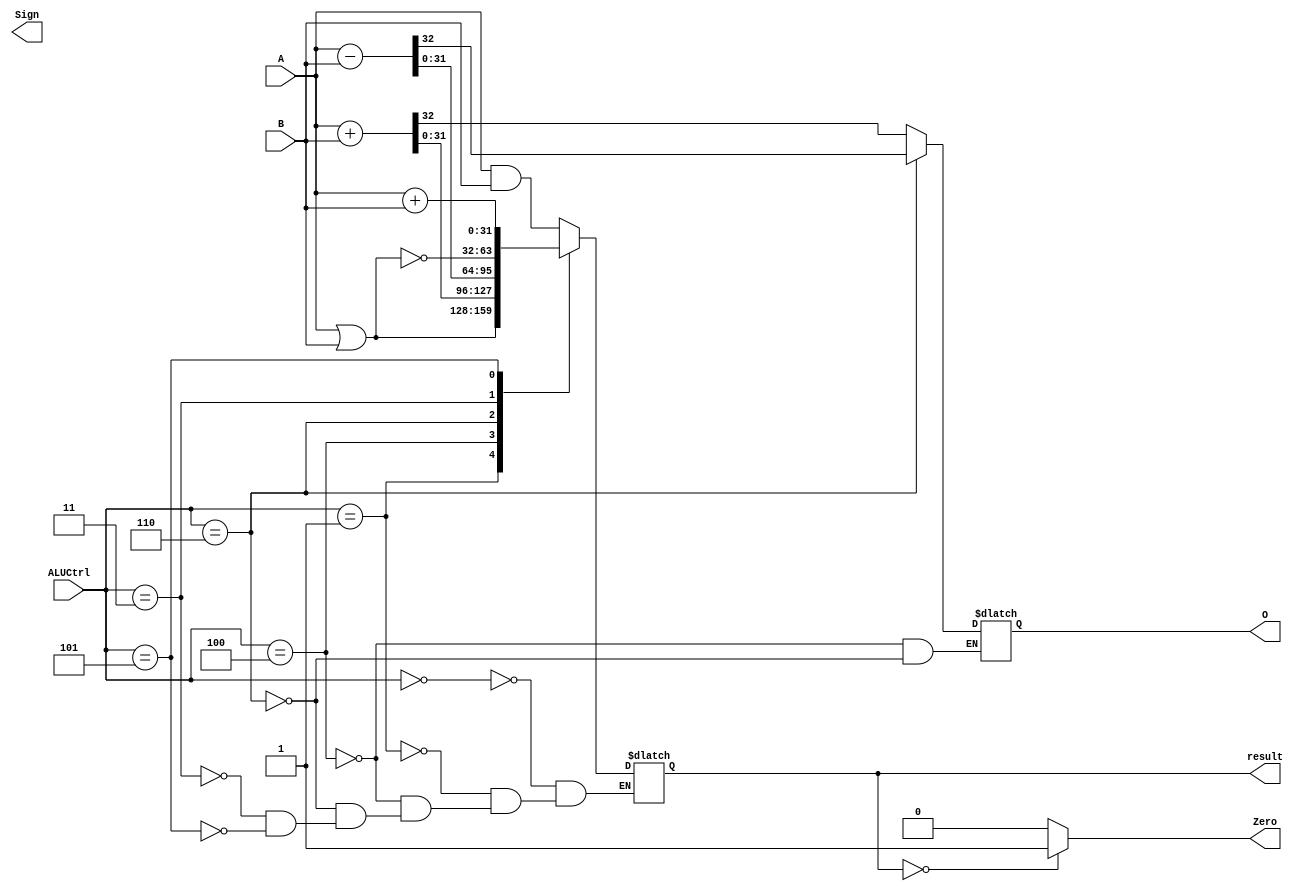
module ALU(A,B,ALUCtrl,Zero,O,Sign,result);
input [31:0] A,B;
input [2:0] ALUCtrl;
output reg [31:0] result;
output reg Zero, O, Sign;

parameter AND=3'b000,
          OR=3'b001,
          ADD=3'b100,
          SUB=3'b110,
          NOR=3'b011,
          ADDU=3'b101;

always @(A or B or ALUCtrl) 
begin
    case(ALUCtrl)
        AND: result <= A & B;
        OR: result <= A | B;
        ADD: {O,result} <= A + B;
        SUB: {O,result} <= A - B;
        NOR: result <= ~ (A | B);
        ADDU: result <= A + B;
    endcase
end

always @(result) begin
    if (result == 0)
        Zero <= 1;
    else 
        Zero <= 0;
end

endmodule